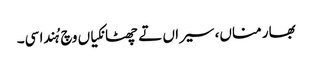
بھار مناں، سیراں تے چھٹانکیاں وچ ہُندا سی۔